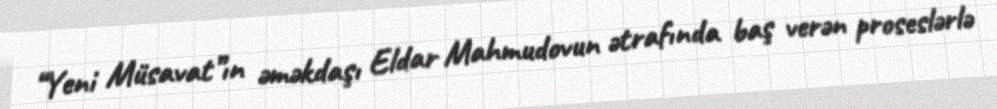
“Yeni Müsavat”ın əməkdaşı Eldar Mahmudovun ətrafında baş verən proseslərlə